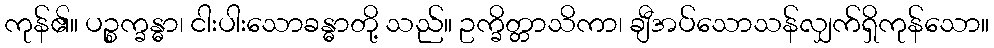
ကုန်၏။ ပဉ္စက္ခန္ဓာ၊ ငါးပါးသောခန္ဓာတို့ သည်။ ဥက္ခိတ္တာသိကာ၊ ချီအပ်သောသန်လျှက်ရှိကုန်သော။